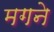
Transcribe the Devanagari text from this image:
मगने